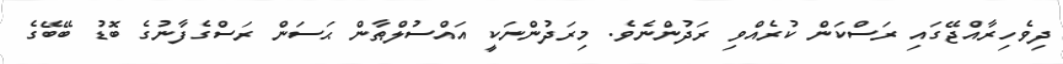
ދިވެހިރާއްޖޭގައި ރަސްކަން ކުރެއްވި ރަދުންނެވެ. މިރަދުންނަކީ އައްސުލްޠާން ޙަސަން ރަސްގެފާނުގެ ބޮޑު ބޭބޭގެ